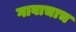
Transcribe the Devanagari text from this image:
गावाचाच